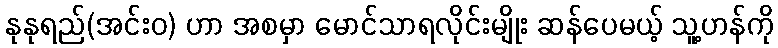
နုနုရည်(အင်းဝ) ဟာ အစမှာ မောင်သာရလိုင်းမျိုး ဆန်ပေမယ့် သူ့ဟန်ကို